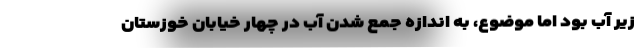
زیر آب بود اما موضوع، به اندازه جمع شدن آب در چهار خیابان خوزستان